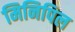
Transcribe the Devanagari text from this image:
मिनिपिल